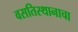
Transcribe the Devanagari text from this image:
वसतिस्थानाचा